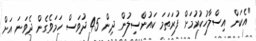
"އެކަން އިސްލާހުކުރުމަށް ފުރަތަމަ ކައުންސިލުން ދިން 45 ދުވަސް ހަމަވެގެން ދެވަނަ އަށް